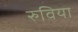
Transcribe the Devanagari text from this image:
रुविया